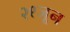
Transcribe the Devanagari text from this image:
२९जून